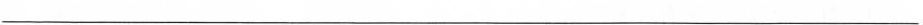
___